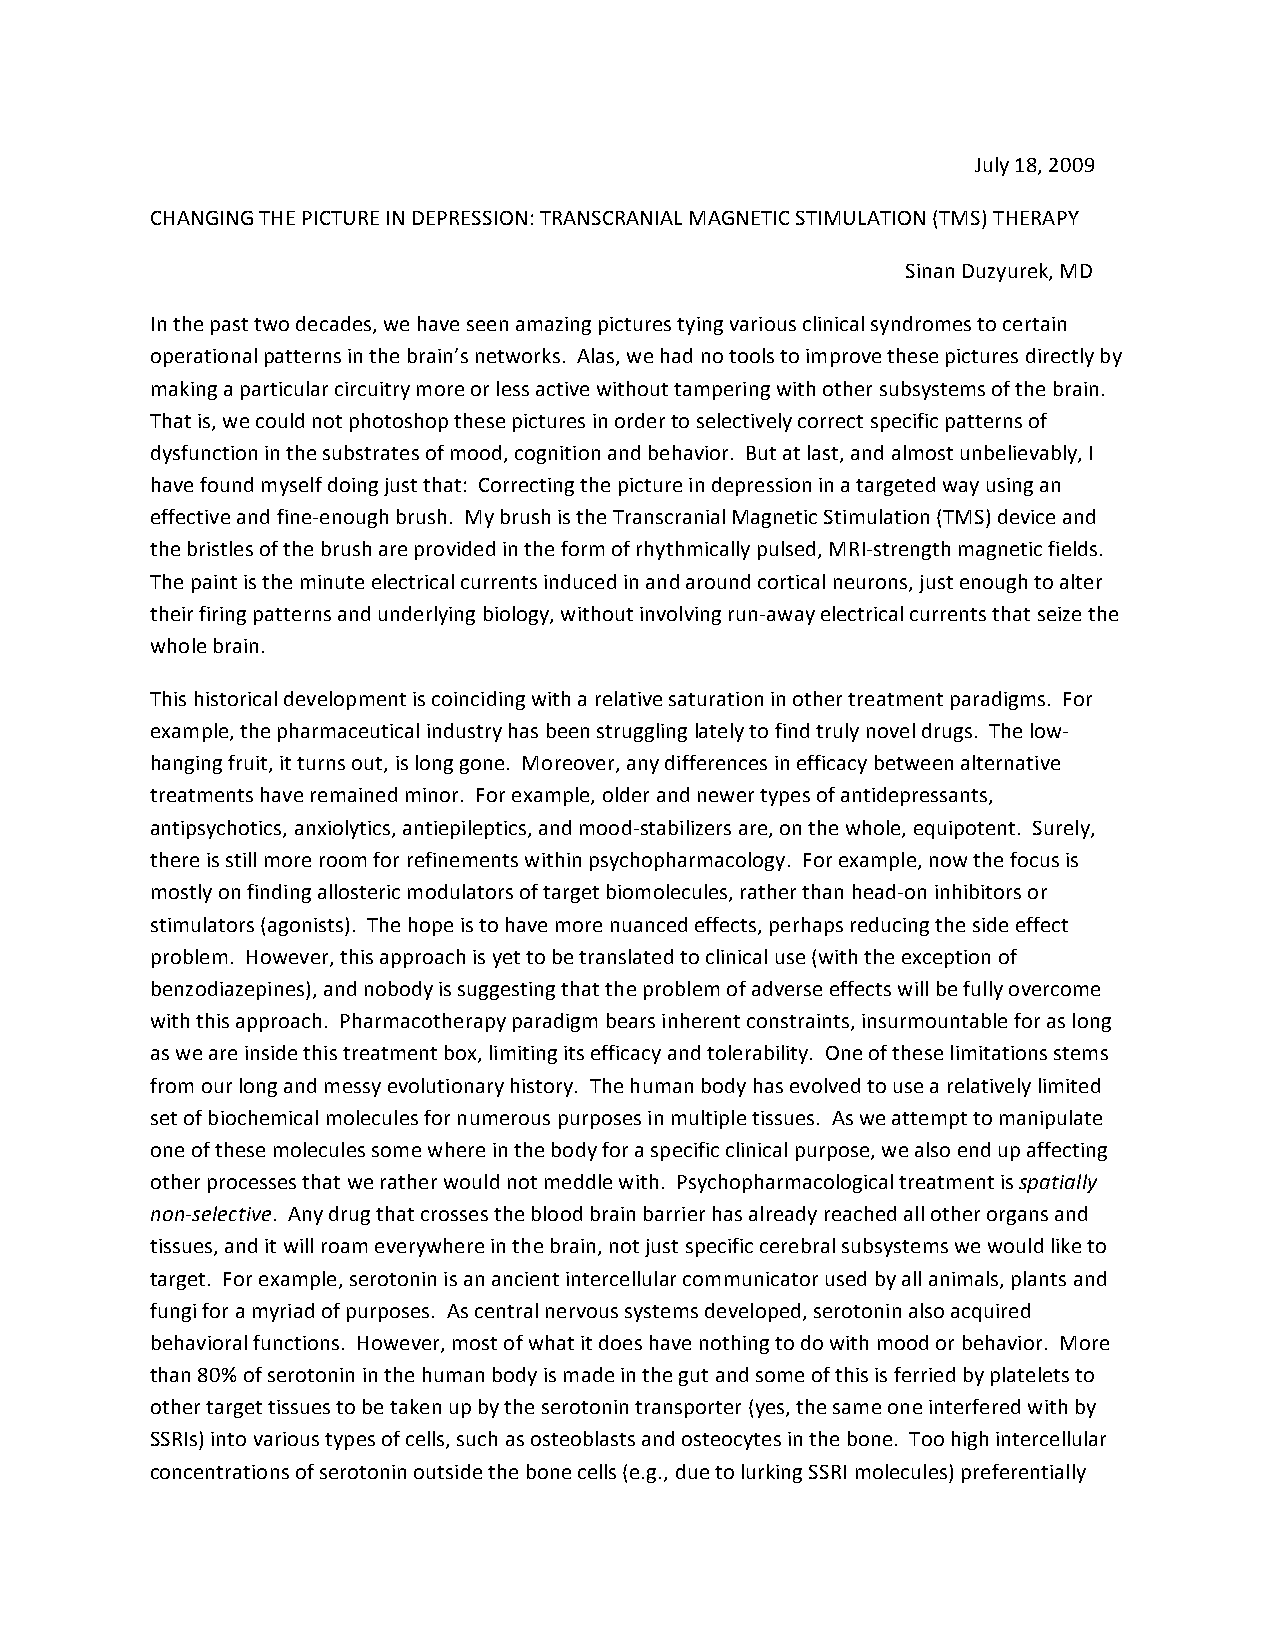
July 18, 2009
 CHANGING THE PICTURE IN DEPRESSION: TRANSCRANIAL MAGNETIC STIMULATION (TMS) THERAPY
 Sinan Duzyurek, MD
 In the past two decades, we have seen amazing pictures tying various clinical syndromes to certain
 operational patterns in the brain’s networks. Alas, we had no tools to improve these pictures directly by
 making a particular circuitry more or less active without tampering with other subsystems of the brain.
 That is, we could not photoshop these pictures in order to selectively correct specific patterns of
 dysfunction in the substrates of mood, cognition and behavior. But at last, and almost unbelievably, I
 have found myself doing just that: Correcting the picture in depression in a targeted way using an
 effective and fine-enough brush. My brush is the Transcranial Magnetic Stimulation (TMS) device and
 the bristles of the brush are provided in the form of rhythmically pulsed, MRI-strength magnetic fields.
 The paint is the minute electrical currents induced in and around cortical neurons, just enough to alter
 their firing patterns and underlying biology, without involving run-away electrical currents that seize the
 whole brain.
 This historical development is coinciding with a relative saturation in other treatment paradigms. For
 example, the pharmaceutical industry has been struggling lately to find truly novel drugs. The low-
 hanging fruit, it turns out, is long gone. Moreover, any differences in efficacy between alternative
 treatments have remained minor. For example, older and newer types of antidepressants,
 antipsychotics, anxiolytics, antiepileptics, and mood-stabilizers are, on the whole, equipotent. Surely,
 there is still more room for refinements within psychopharmacology. For example, now the focus is
 mostly on finding allosteric modulators of target biomolecules, rather than head-on inhibitors or
 stimulators (agonists). The hope is to have more nuanced effects, perhaps reducing the side effect
 problem. However, this approach is yet to be translated to clinical use (with the exception of
 benzodiazepines), and nobody is suggesting that the problem of adverse effects will be fully overcome
 with this approach. Pharmacotherapy paradigm bears inherent constraints, insurmountable for as long
 as we are inside this treatment box, limiting its efficacy and tolerability. One of these limitations stems
 from our long and messy evolutionary history. The human body has evolved to use a relatively limited
 set of biochemical molecules for numerous purposes in multiple tissues. As we attempt to manipulate
 one of these molecules some where in the body for a specific clinical purpose, we also end up affecting
 other processes that we rather would not meddle with. Psychopharmacological treatment is spatially
 non-selective. Any drug that crosses the blood brain barrier has already reached all other organs and
 tissues, and it will roam everywhere in the brain, not just specific cerebral subsystems we would like to
 target. For example, serotonin is an ancient intercellular communicator used by all animals, plants and
 fungi for a myriad of purposes. As central nervous systems developed, serotonin also acquired
 behavioral functions. However, most of what it does have nothing to do with mood or behavior. More
 than 80% of serotonin in the human body is made in the gut and some of this is ferried by platelets to
 other target tissues to be taken up by the serotonin transporter (yes, the same one interfered with by
 SSRIs) into various types of cells, such as osteoblasts and osteocytes in the bone. Too high intercellular
 concentrations of serotonin outside the bone cells (e.g., due to lurking SSRI molecules) preferentially